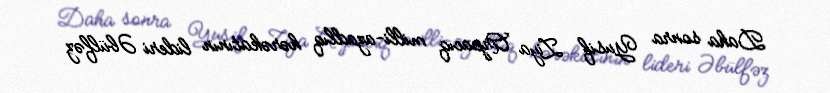
Daha sonra Yusif Ziya Arpacıq milli-azadlıq hərəkatının lideri Əbülfəz